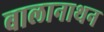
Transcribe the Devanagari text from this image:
बालानाथन